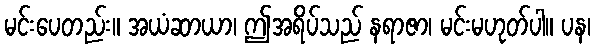
မင်းပေတည်း။ အယံဆာယာ၊ ဤအရိပ်သည် နရာဇာ၊ မင်းမဟုတ်ပါ။ ပန၊